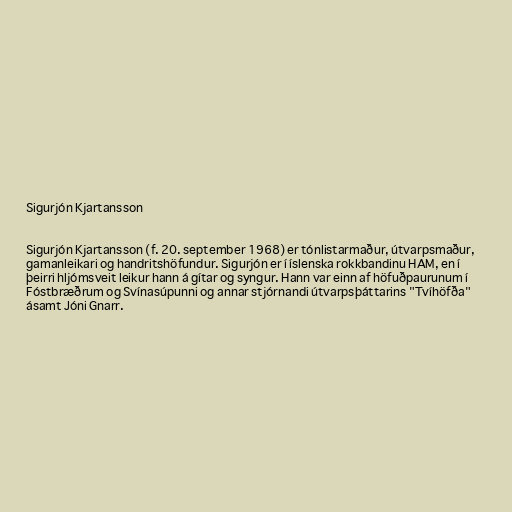
Sigurjón Kjartansson

Sigurjón Kjartansson (f. 20. september 1968) er tónlistarmaður, útvarpsmaður,
gamanleikari og handritshöfundur. Sigurjón er í íslenska rokkbandinu HAM, en í
þeirri hljómsveit leikur hann á gítar og syngur. Hann var einn af höfuðpaurunum í
Fóstbræðrum og Svínasúpunni og annar stjórnandi útvarpsþáttarins "Tvíhöfða"
ásamt Jóni Gnarr.